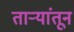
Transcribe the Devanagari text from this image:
ताऱ्यांतून